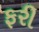
ફરી